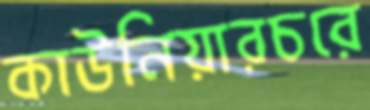
কাউনিয়ারচরে